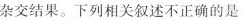
杂交结果。下列相关叙述不正确的是